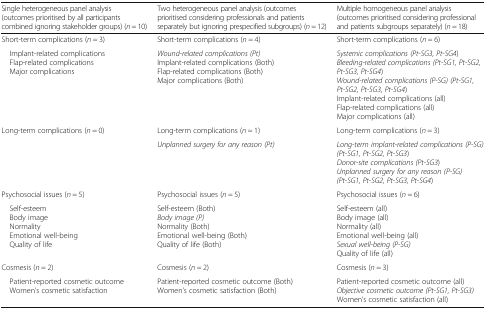
| Single heterogeneous panel analysis (outcomes prioritised by all participants combined ignoring stakeholder groups) (n = 10) | Two heterogeneous panel analysis (outcomes prioritised considering professionals and patients separately but ignoring prespecified subgroups) (n = 12) | Multiple homogeneous panel analysis (outcomes prioritised considering professional and patients subgroups separately) (n = 18) |
 | --- | --- | --- |
 | Short-term complications (n = 3) | Short-term complications (n = 4) | Short-term complications (n = 6) |
 | Implant-related complications Flap-related complications Major complications | Wound-related complications (Pt)Implant-related complications (Both)Flap-related complications (Both)Major complications (Both) | Systemic complications (Pt-SG3, Pt-SG4)Bleeding-related complications (Pt-SG1, Pt-SG2, Pt-SG3, Pt-SG4)Wound-related complications (P-SG) (Pt-SG1, Pt-SG2, Pt-SG3, Pt-SG4)Implant-related complications (all)Flap-related complications (all)Major complications (all) |
 | Long-term complications (n = 0) | Long-term complications (n = 1) | Long-term complications (n = 3) |
 |  | Unplanned surgery for any reason (Pt) | Long-term implant-related complications (P-SG) (Pt-SG1, Pt-SG2, Pt-SG3)Donor-site complications (Pt-SG3)Unplanned surgery for any reason (P-SG) (Pt-SG1, Pt-SG2, Pt-SG3, Pt-SG4) |
 | Psychosocial issues (n = 5) | Psychosocial issues (n = 5) | Psychosocial issues (n = 6) |
 | Self-esteem Body image Normality Emotional well-being Quality of life | Self-esteem (Both)Body image (P)Normality (Both)Emotional well-being (Both)Quality of life (Both) | Self-esteem (all)Body image (all)Normality (all)Emotional well-being (all)Sexual well-being (P-SG)Quality of life (all) |
 | Cosmesis (n = 2) | Cosmesis (n = 2) | Cosmesis (n = 3) |
 | Patient-reported cosmetic outcome Women’s cosmetic satisfaction | Patient-reported cosmetic outcome (Both)Women’s cosmetic satisfaction (Both) | Patient-reported cosmetic outcome (all)Objective cosmetic outcome (Pt-SG1, Pt-SG3)Women’s cosmetic satisfaction (all) |